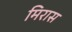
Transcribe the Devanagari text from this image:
मिरास